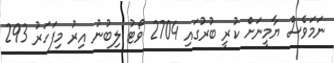
ނަމަވެސް ޔާމީނަށް ކުރީ ބުރުގައި 2704 ވޯޓު ލިބުނު އިރު މިފަހަރު 293